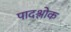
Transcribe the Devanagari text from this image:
पादश्लोक